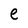
Character: e